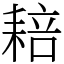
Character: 䎧